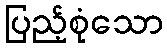
ပြည့်စုံသော